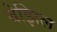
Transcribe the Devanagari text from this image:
बेझिल